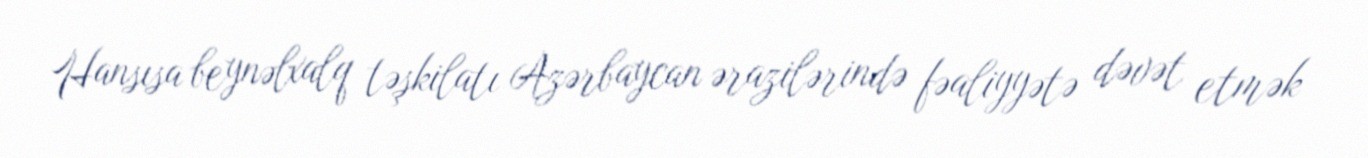
Hansısa beynəlxalq təşkilatı Azərbaycan ərazilərində fəaliyyətə dəvət etmək